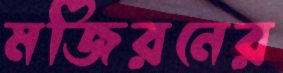
মজিরনের